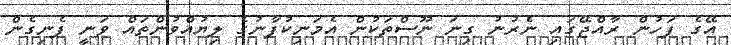
އޭގެ ފަހުން ރާއްޖޭގައި ނެރުނު ގިނަ ނޫސްތަކުން އެމަނިކުފާނުގެ ލިޔުއްވުންތައް ވަނީ ފެނިގެން